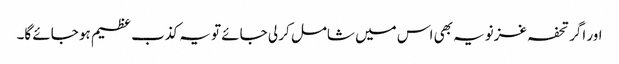
اور اگر تحفہ غزنویہ بھی اس میں شامل کر لی جائے تو یہ کذب عظیم ہو جائے گا۔